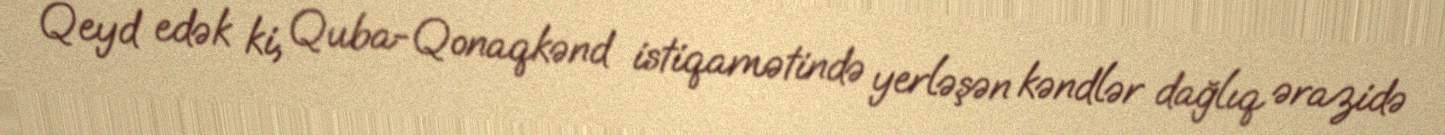
Qeyd edək ki, Quba-Qonaqkənd istiqamətində yerləşən kəndlər dağlıq ərazidə